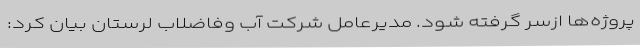
پروژه‌ها ازسر گرفته شود. مدیرعامل شرکت آب وفاضلاب لرستان بیان کرد: